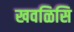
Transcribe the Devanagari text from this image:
खवळिसि